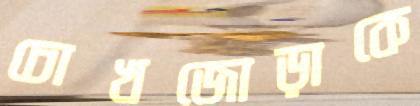
চোখজোড়াকে